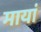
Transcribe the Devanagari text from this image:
मायां